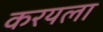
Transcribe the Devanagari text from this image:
करयला